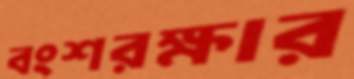
বংশরক্ষার